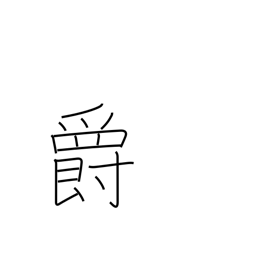
Meaning: baron